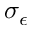
\sigma _ { \epsilon }